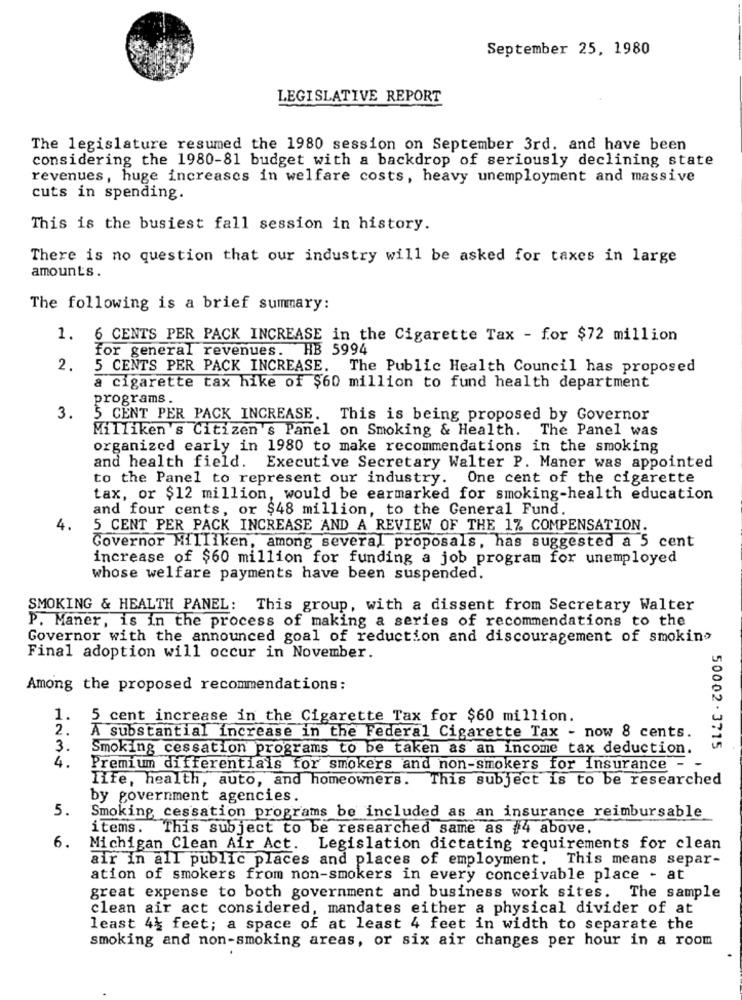
September 25, 1980
LEGISLATIVE REPORT
The legislature resumed the 1980 session on September 3rd. and have been
considering the 1980-81 budget with a backdrop of seriously declining state
revenues, huge increases in welfare costs, heavy unemployment and massive
cuts in spending.
This is the busiest fall session in history.
There is no question that our industry will be asked for taxes in large
amounts.
The following is a brief summary:
1. 6 CENTS PER PACK INCREASE in the Cigarette Tax - for $72 million
for general revenues. HB 5994
2.
5 CENTS PER PACK INCREASE. The Public Health Council has proposed
a cigarette tax hike of $60 million to fund health department
programs.
3.
5 CENT PER PACK INCREASE. This is being proposed by Governor
Milliken's Citizen's Panel on Smoking & Health. The Panel was
organized early in 1980 to make recommendations in the smoking
and health field.
Executive Secretary Walter P. Maner was appointed
to the Panel to represent our industry. One cent of the cigarette
tax, or $12 million, would be earmarked for smoking-health education
and four cents, or $48 million, to the General Fund.
4.
5 CENT PER PACK INCREASE AND A REVIEW OF THE 1% COMPENSATION.
Governor Milliken, among several proposals, has suggested a 5 cent
increase of $60 million for funding a job program for unemployed
whose welfare payments have been suspended.
SMOKING & HEALTH PANEL: This group, with a dissent from Secretary Walter
P. Maner, is in the process of making a series of recommendations to the
Governor with the announced goal of reduction and discouragement of smoking
Final adoption will occur in November.
Among the proposed recommendations:
1.
5 cent increase in the Cigarette Tax for $60 million.
2.
A substantial increase in the Federal Cigarette Tax - now 8 cents.
3.
Smoking cessation programs to be taken as an income tax deduction.
50002. 3715
4.
Premium differentials for smokers and non-smokers for insurance - -
life, health, auto, and homeowners. This subject is to be researched
by government agencies.
5.
Smoking cessation programs be included as an insurance reimbursable
items. This subject to be researched same as #4 above.
6.
Michigan Clean Air Act. Legislation dictating requirements for clean
air in all public places and places of employment. This means separ-
ation of smokers from non-smokers in every conceivable place - at
great expense to both government and business work sites. The sample
clean air act considered, mandates either a physical divider of at
least 4} feet; a space of at least 4 feet in width to separate the
smoking and non-smoking areas, or six air changes per hour in a room